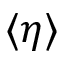
\langle \eta \rangle